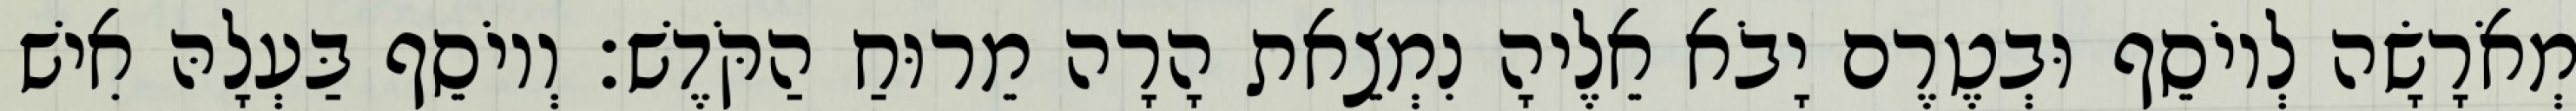
מְאֹרָשָׂה לְיוֹסֵף וּבְטֶרֶם יָבֹא אֵלֶיהָ נִמְצֵאת הָרָה מֵרוּחַ הַקֹּדֶשׁ׃ וְיוֹסֵף בַּעְלָהּ אִישׁ